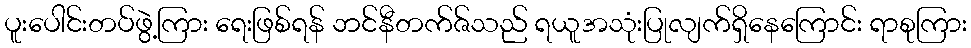
ပူးပေါင်းတပ်ဖွဲ့ကြား ရေးဖြစ်ရန် ဘင်နီတက်ဇ်သည် ရယူအသုံးပြုလျက်ရှိနေကြောင်း ရာစုကြား